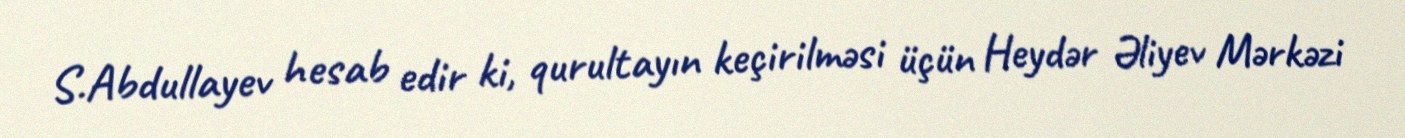
S.Abdullayev hesab edir ki, qurultayın keçirilməsi üçün Heydər Əliyev Mərkəzi